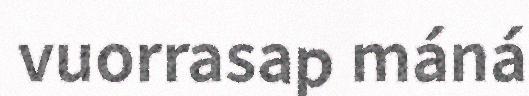
vuorrasap máná